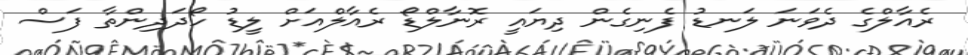
ރެއާލްގެ ދެވަނަ ލަނޑު ފެނިގެން ދިޔައީ ރޮނާލްޑޯ ރެއާލްއަށް ލީޑު ހޯދަދިންތާ ފަސް